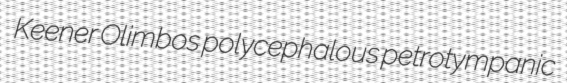
Keener Olimbos polycephalous petrotympanic